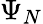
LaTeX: \Psi_{N}